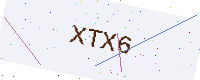
Text: XTX6